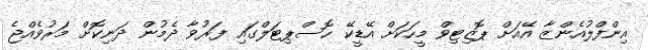
އިންފްލުއެންޒާ އޭއަށް ޕޮޒިޓިވް މީހަކަށް އޭޑީކޭ ހޮސްޕިޓަލްގައި ފަރުވާ ދެމުން ދަނިކޮށް މަރުވެއްޖެ